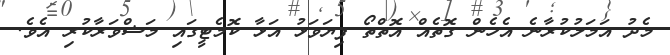
މެދު އަމަލުކުރާނެ އެހެން ގޮތެއް އޮތްތޯ ފިޔަވަޅު އަޅާ ކޮމެޓީގައި މަޝްވަރާކުރި އެވެ.